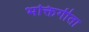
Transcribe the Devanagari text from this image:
भक्तिगीता